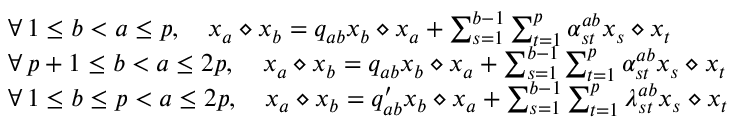
\begin{array} { r l } & { \forall \, 1 \leq b < a \leq p , \quad x _ { a } \diamond x _ { b } = q _ { a b } x _ { b } \diamond x _ { a } + \sum _ { s = 1 } ^ { b - 1 } \sum _ { t = 1 } ^ { p } \alpha _ { s t } ^ { a b } x _ { s } \diamond x _ { t } } \\ & { \forall \, p + 1 \leq b < a \leq 2 p , \quad x _ { a } \diamond x _ { b } = q _ { a b } x _ { b } \diamond x _ { a } + \sum _ { s = 1 } ^ { b - 1 } \sum _ { t = 1 } ^ { p } \alpha _ { s t } ^ { a b } x _ { s } \diamond x _ { t } } \\ & { \forall \, 1 \leq b \leq p < a \leq 2 p , \quad x _ { a } \diamond x _ { b } = q _ { a b } ^ { \prime } x _ { b } \diamond x _ { a } + \sum _ { s = 1 } ^ { b - 1 } \sum _ { t = 1 } ^ { p } \lambda _ { s t } ^ { a b } x _ { s } \diamond x _ { t } } \end{array}